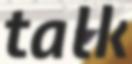
talk